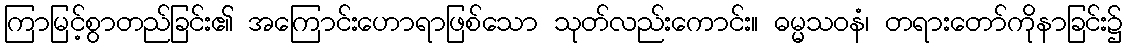
ကြာမြင့်စွာတည်ခြင်း၏ အကြောင်းဟောရာဖြစ်သော သုတ်လည်းကောင်း။ ဓမ္မသဝနံ၊ တရားတော်ကိုနာခြင်း၌